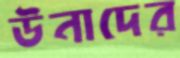
উনাদের